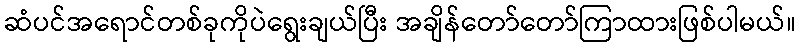
ဆံပင်အရောင်တစ်ခုကိုပဲရွေးချယ်ပြီး အချိန်တော်တော်ကြာထားဖြစ်ပါမယ်။